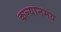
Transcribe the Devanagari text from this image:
कल्यानमय